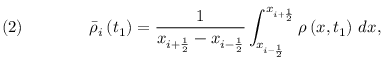
\quad ( 2 ) \qquad \qquad { \bar { \rho } } _ { i } \left( t _ { 1 } \right) = { \frac { 1 } { x _ { i + { \frac { 1 } { 2 } } } - x _ { i - { \frac { 1 } { 2 } } } } } \int _ { x _ { i - { \frac { 1 } { 2 } } } } ^ { x _ { i + { \frac { 1 } { 2 } } } } \rho \left( x , t _ { 1 } \right) \, d x ,